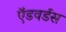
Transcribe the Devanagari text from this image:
ऍडवर्डस